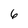
Character: 6